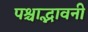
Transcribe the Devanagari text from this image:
पश्चाद्भावनी